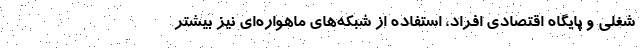
شغلی و پایگاه اقتصادی افراد، استفاده از شبکه‌های ماهواره‌ای نیز بیشتر